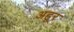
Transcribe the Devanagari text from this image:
अहूर